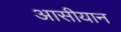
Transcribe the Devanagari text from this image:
आसीयान